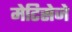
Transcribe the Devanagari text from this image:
मेटिसेजे